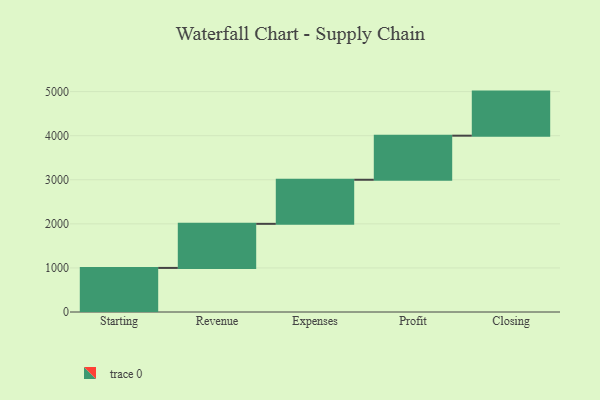
{"axis": {"x": "Step", "y": "Value"}, "legend": [""], "data": [{"x": "Starting", "y": 1000, "type": ""}, {"x": "Revenue", "y": 1000, "type": ""}, {"x": "Expenses", "y": 1000, "type": ""}, {"x": "Profit", "y": 1000, "type": ""}, {"x": "Closing", "y": 1000, "type": ""}]}